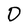
Character: D